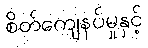
စိတ်ကျေနပ်မှုနှင့်